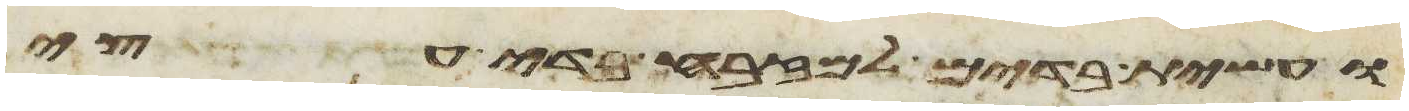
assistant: ועשית בדים למזבח בדי עצי